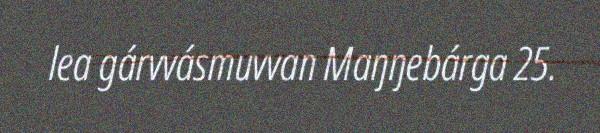
lea gárvvásmuvvan Maŋŋebárga 25.